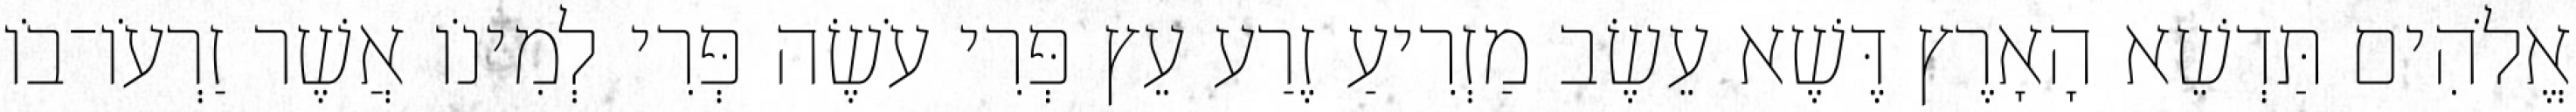
אֱלֹהִים תַּדְשֵׁא הָאָרֶץ דֶּשֶׁא עֵשֶׂב מַזְרִיעַ זֶרַע עֵץ פְּרִי עֹשֶׂה פְּרִי לְמִינֹו אֲשֶׁר זַרְעֹו־בֹו